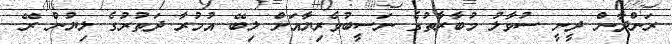
ރަންދާން ދީނީ ސުވާލު މުބާރާތުގެ ނަސީބުވެރިޔާއަށް ލިބޭ އުމުރާ ދަތުރުގެ ލިޔުން ރޭ